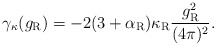
\begin{align*}\gamma_\kappa(g_{\rm R}) =-2(3+\alpha_{\rm R})\kappa_{\rm R} \frac{g_{\rm R}^2}{(4\pi)^2}.\end{align*}